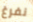
نفرغ